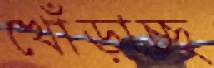
খোঁড়াচ্ছ